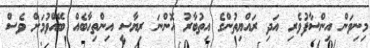
މިނިވަން އިންސާފުވެރި އަދި ރައްޔިތުންގެ އިތުބާރު އޮންނަ ރިޔާސީ އިންތިހާބެއް ބޭއްވުމަށް ވެސް